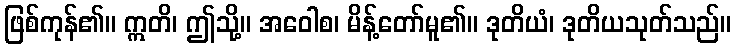
ဖြစ်ကုန်၏။ ဣတိ၊ ဤသို့။ အဝေါစ၊ မိန့်တော်မူ၏။ ဒုတိယံ၊ ဒုတိယသုတ်သည်။